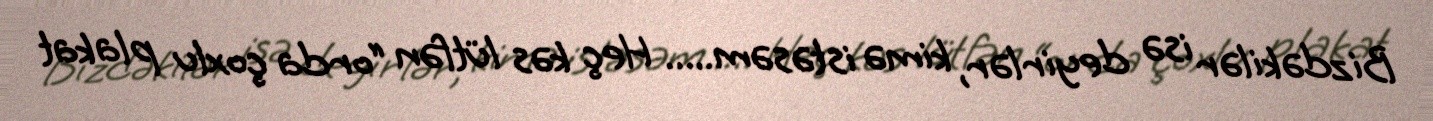
Bizdəkilər isə deyirlər, kimə istəsəm..... Heç kəs lütfən “orda çoxlu plakat